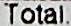
TOTAL.